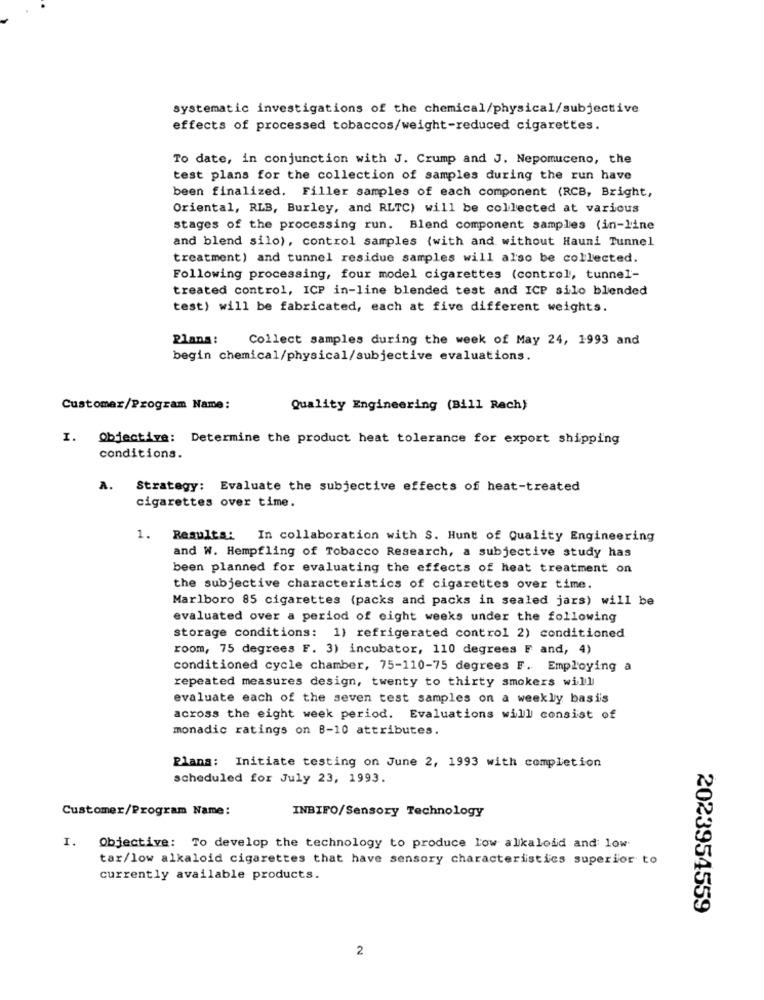
systematic investigations of the chemical/physical/subjective
effects of processed tobaccos/weight-reduced cigarettes.
To date, in conjunction with J. Crump and J. Nepomuceno, the
test plans for the collection of samples during the run have
been finalized. Filler samples of each component (RCB, Bright,
Oriental, RLB, Burley, and RLTC) will be collected at various
stages of the processing run. Blend component samples (in-line
and blend silo), control samples {with and without Hauni Tunnel
treatment) and tunnel residue samples will also be collected.
Following processing, four model cigarettes (control, tunnel-
treated control, ICP in-line blended test and ICP silo blended
test) will be fabricated, each at five different weights.
Plans :
Collect samples during the week of May 24, 1993 and
begin chemical/physical/subjective evaluations.
Customer/Program Name:
Quality Engineering (Bill Rach)
I. Objective: Determine the product heat tolerance for export shipping
conditions.
A.
Strategy: Evaluate the subjective effects of heat-treated
cigarettes over time.
1. Results: In collaboration with S. Hunt of Quality Engineering
and W. Hempfling of Tobacco Research, a subjective study has
been planned for evaluating the effects of heat treatment on
the subjective characteristics of cigarettes over time.
Marlboro 85 cigarettes (packs and packs in sealed jars) will be
evaluated over a period of eight weeks under the following
storage conditions: 1) refrigerated control 2) conditioned
room, 75 degrees F. 3) incubator, 110 degrees F and, 4)
conditioned cycle chamber, 75-110-75 degrees F. Employing a
repeated measures design, twenty to thirty smokers will
evaluate each of the seven test samples on a weekly basis
across the eight week period. Evaluations will consist of
monadic ratings on 8-10 attributes.
Plans: Initiate testing on June 2, 1993 with completion
scheduled for July 23, 1993.
Customer/Program Name:
INBIFO/Sensory Technology
1.
Objective: To develop the technology to produce low alkaloid and low
tar/low alkaloid cigarettes that have sensory characteristics superior to
currently available products.
2023954559
2